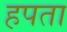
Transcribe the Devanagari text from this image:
हपता